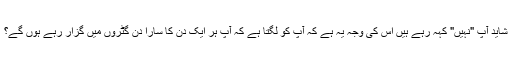
شاید آپ "نہیں" کہہ رہے ہیں اس کی وجہ یہ ہے کہ آپ کو لگتا ہے کہ آپ ہر ایک دن کا سارا دن گٹروں میں گزار رہے ہوں گے؟